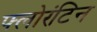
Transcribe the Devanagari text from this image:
फ्लोरंटिन